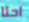
احنا